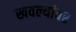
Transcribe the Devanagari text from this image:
खवल्यांवर